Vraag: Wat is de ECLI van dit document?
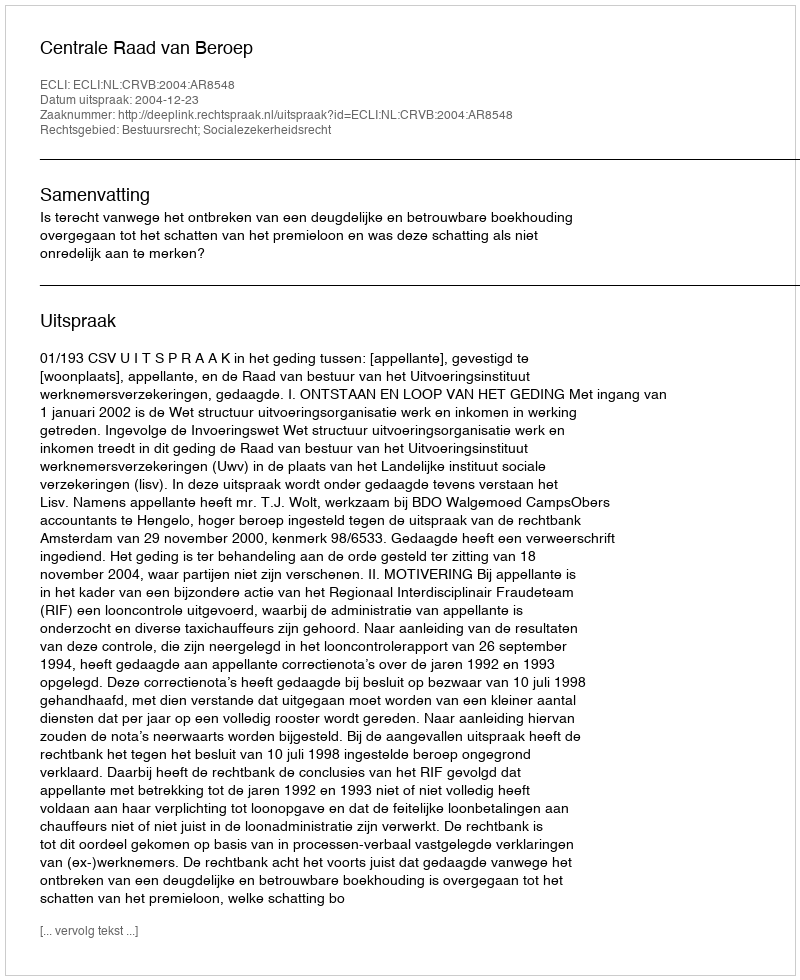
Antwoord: ECLI:NL:CRVB:2004:AR8548